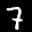
Label: 7